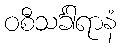
ဝစီသင်္ခါရာနံ